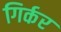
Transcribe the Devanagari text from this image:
गिर्कर